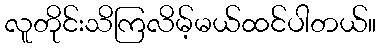
လူတိုင်းသိကြလိမ့်မယ်ထင်ပါတယ်။